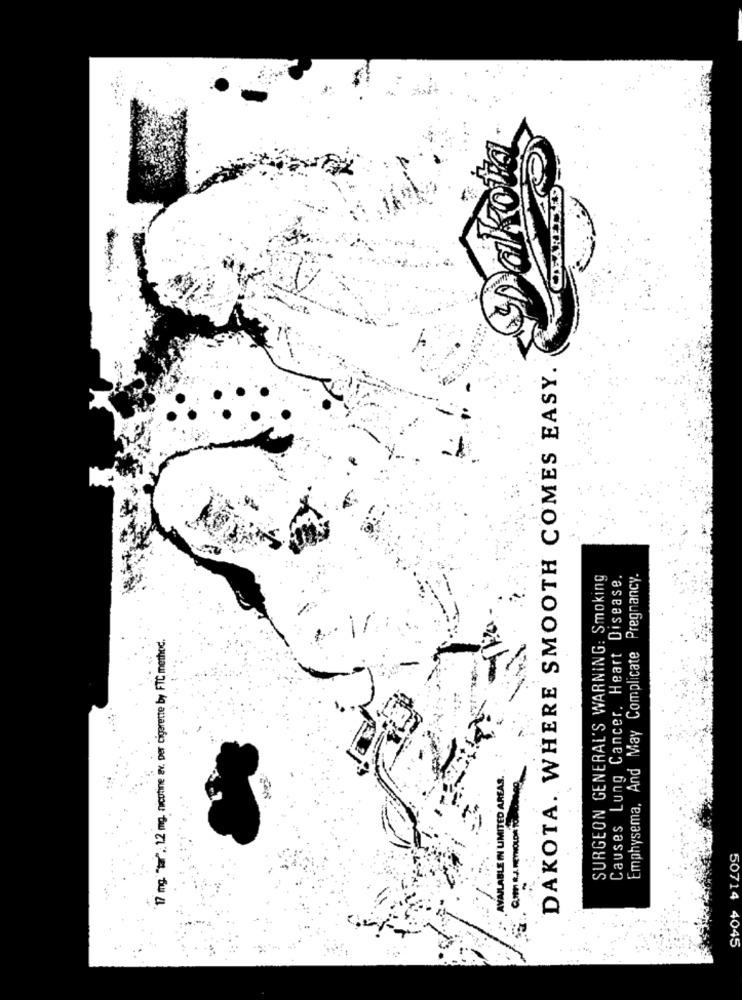
DAKOTA. WHERE SMOOTH COMES EASY.
SURGEON GENERAL'S WARNING: Smoking
Causes Lung Cancer. Heart Disease.
Emphysema, And May Complicate Pregnancy.
17 mg. "tar" .: 1.2 mg, nicotine av. per cigarette by FTC, method.
AVAILABLE IN LIMITED AREAS.
CON R.J. REYNOLDA TO.
50714
4045